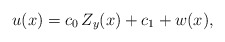
\begin{align*} u(x)=c_0\,Z_y(x)+c_1+w(x), \end{align*}